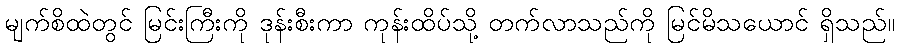
မျက်စိထဲတွင် မြင်းကြီးကို ဒုန်းစီးကာ ကုန်းထိပ်သို့ တက်လာသည်ကို မြင်မိသယောင် ရှိသည်။